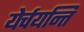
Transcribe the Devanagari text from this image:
येर्चयन्ति